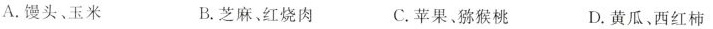
A.馒头、玉米 B.芝麻、红烧肉 C.苹果、猕猴桃 D.黄瓜、西红柿